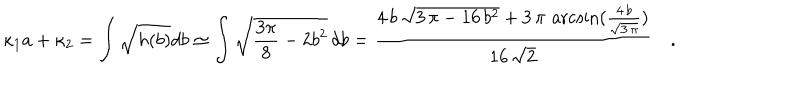
LaTeX: \kappa _ { 1 } a + \kappa _ { 2 } = \int \sqrt { h ( b ) } d b \simeq \int \sqrt { \frac { 3 \pi } { 8 } - 2 b ^ { 2 } } \, d b = { \frac { 4 \, b \, { \sqrt { 3 \, \pi - 1 6 \, { b ^ { 2 } } } } + 3 \, \pi \, \operatorname { a r c s i n } ( { \frac { 4 \, b } { { \sqrt { 3 \, \pi } } } } ) } { 1 6 \, { \sqrt { 2 } } } } \quad .